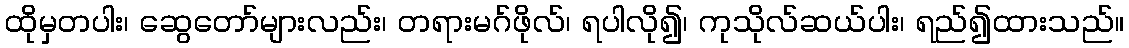
ထိုမှတပါး၊ ဆွေတော်များလည်း၊ တရားမဂ်ဖိုလ်၊ ရပါလို၍၊ ကုသိုလ်ဆယ်ပါး၊ ရည်၍ထားသည်။